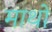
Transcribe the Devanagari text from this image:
माथों